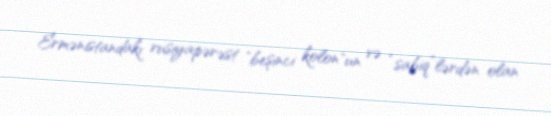
Ermənistandakı rusiyapərəst "beşinci kolon"un və “sabiq”lərdən olan